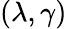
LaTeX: (\lambda,\gamma)